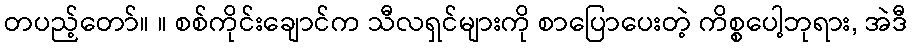
တပည့်တော်။ ။ စစ်ကိုင်းချောင်က သီလရှင်များကို စာပြောပေးတဲ့ ကိစ္စပေါ့ဘုရား, အဲဒီ